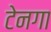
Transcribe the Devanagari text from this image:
टेनगा